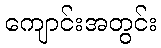
ကျောင်းအတွင်း